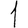
Digit: 1